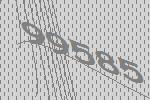
99585